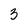
Character: 3